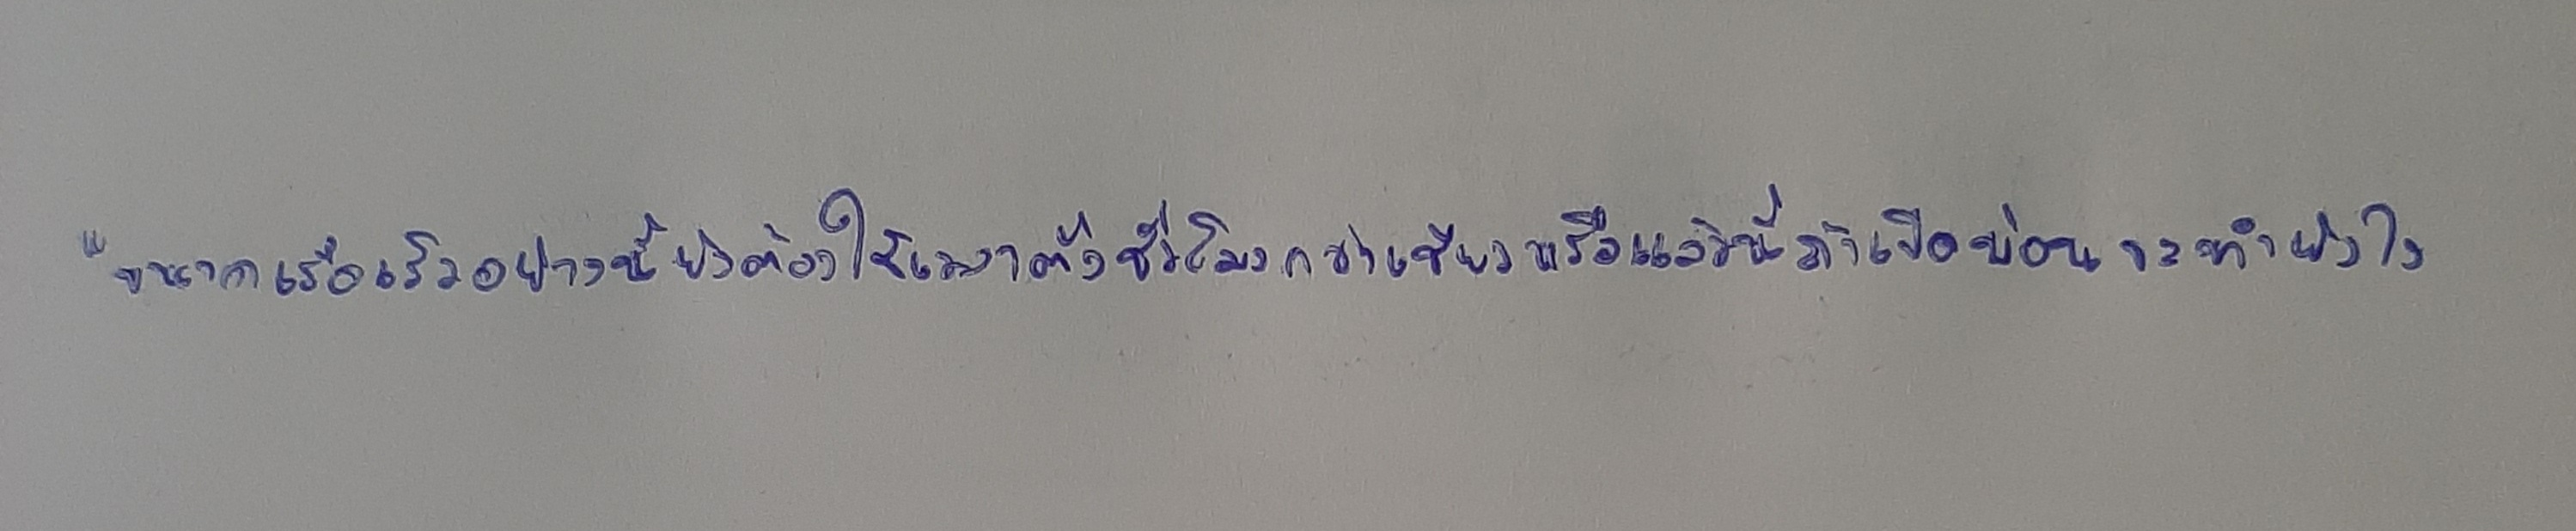
"ขนาดเรือเร็วอย่างนี้ยังต้องใช้เวลาตั้งชั่วโมงกว่าเชียวหรือแล้วนี่ถ้าเปิดบ่อนจะทำยังไง